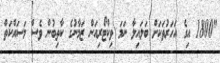
"1800 އިގެ އަހަރުތަކަށް ބަލައިލާ ނަމަ ވިކްޓޯރިއަން ޒަމާނުގެ ކާތިބުން ވެސް މަސައްކަތް